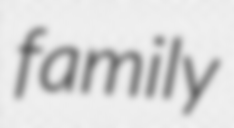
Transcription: family